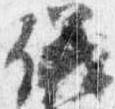
儀